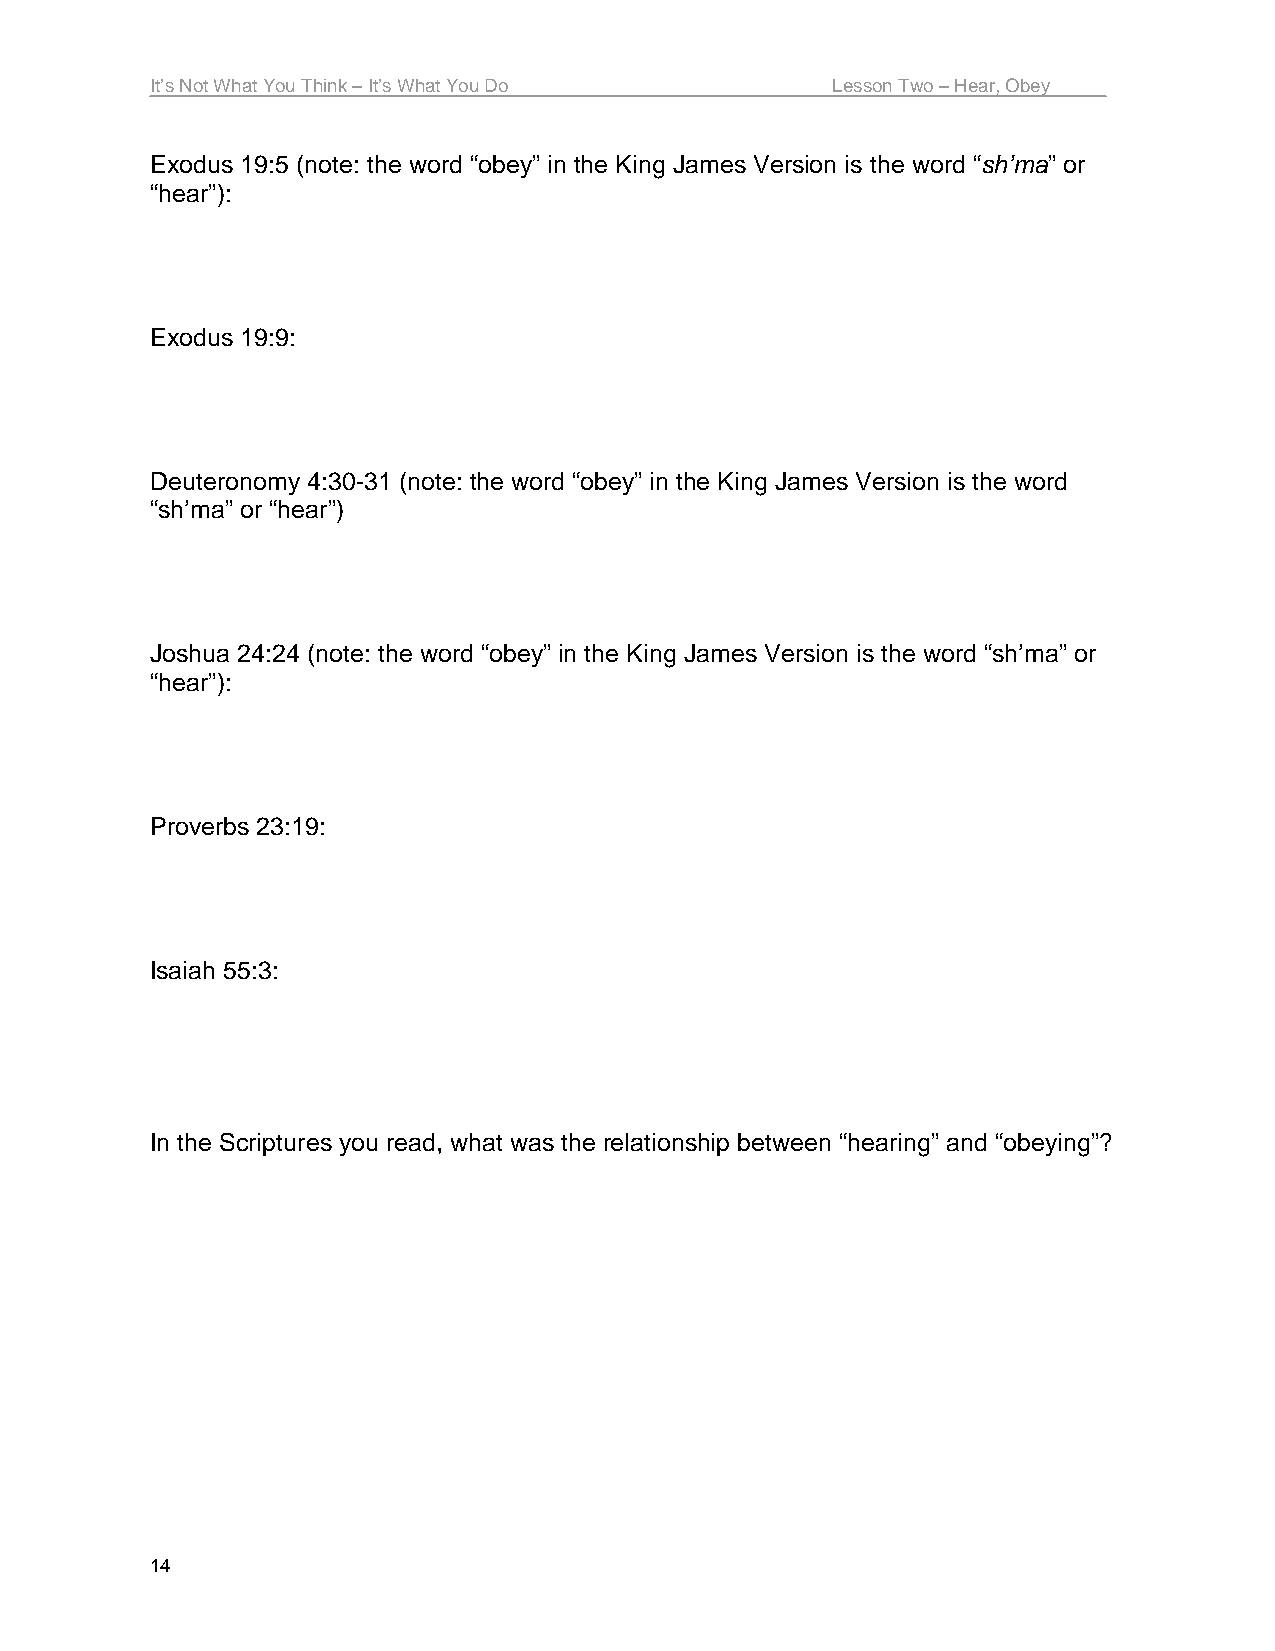
It’s Not What You Think – It’s What You Do   Lesson Two – Hear, Obey
 Exodus 19:5 (note: the word “obey” in the King James Version is the word “sh’ma” or
 “hear”):
 Exodus 19:9:
 Deuteronomy 4:30-31 (note: the word “obey” in the King James Version is the word
 “sh’ma” or “hear”)
 Joshua 24:24 (note: the word “obey” in the King James Version is the word “sh’ma” or
 “hear”):
 Proverbs 23:19:
 Isaiah 55:3:
 In the Scriptures you read, what was the relationship between “hearing” and “obeying”?
 14